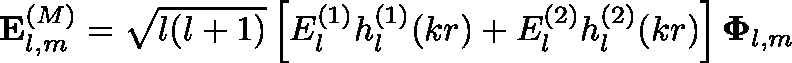
\mathbf { E } _ { l , m } ^ { ( M ) } = { \sqrt { l ( l + 1 ) } } \left[ E _ { l } ^ { ( 1 ) } h _ { l } ^ { ( 1 ) } ( k r ) + E _ { l } ^ { ( 2 ) } h _ { l } ^ { ( 2 ) } ( k r ) \right] \mathbf { \Phi } _ { l , m }